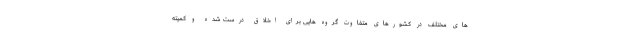
های مختلف در کشورهای متفاوت گروه هایی برای اخلاق درست شده و کمیته